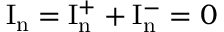
\mathrm { I _ { n } } = \mathrm { I _ { n } ^ { + } } + \mathrm { I _ { n } ^ { - } } = 0